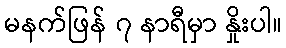
မနက်ဖြန် ၇ နာရီမှာ နှိုးပါ။